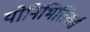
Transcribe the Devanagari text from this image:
योनिभित्तिसर्स